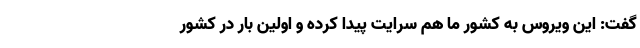
گفت: این ویروس به کشور ما هم سرایت پیدا کرده و اولین بار در کشور